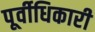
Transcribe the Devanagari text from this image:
पूर्वीधिकारी